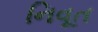
નિવૂત